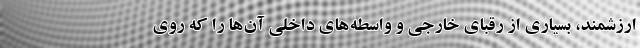
ارزشمند، بسیاری از رقبای خارجی و واسطه‌های داخلی آن‌ها را که روی